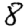
Digit: 8